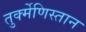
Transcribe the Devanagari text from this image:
तुर्क्मेणिस्तान